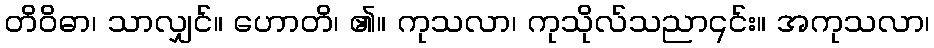
တိဝိဓာ၊ သာလျှင်။ ဟောတိ၊ ၏။ ကုသလာ၊ ကုသိုလ်သညာ၎င်း။ အကုသလာ၊